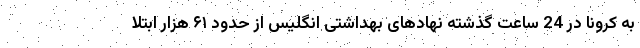
به کرونا در 24 ساعت گذشته نهادهای بهداشتی انگلیس از حدود ۶۱ هزار ابتلا